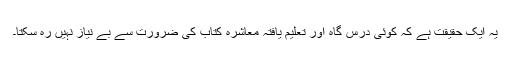
یہ ایک حقیقت ہے کہ کوئی درس گاہ اور تعلیم یافتہ معاشرہ کتاب کی ضرورت سے بے نیاز نہیں رہ سکتا۔